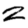
Digit: 2